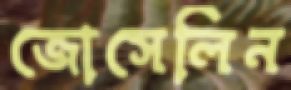
জোসেলিন